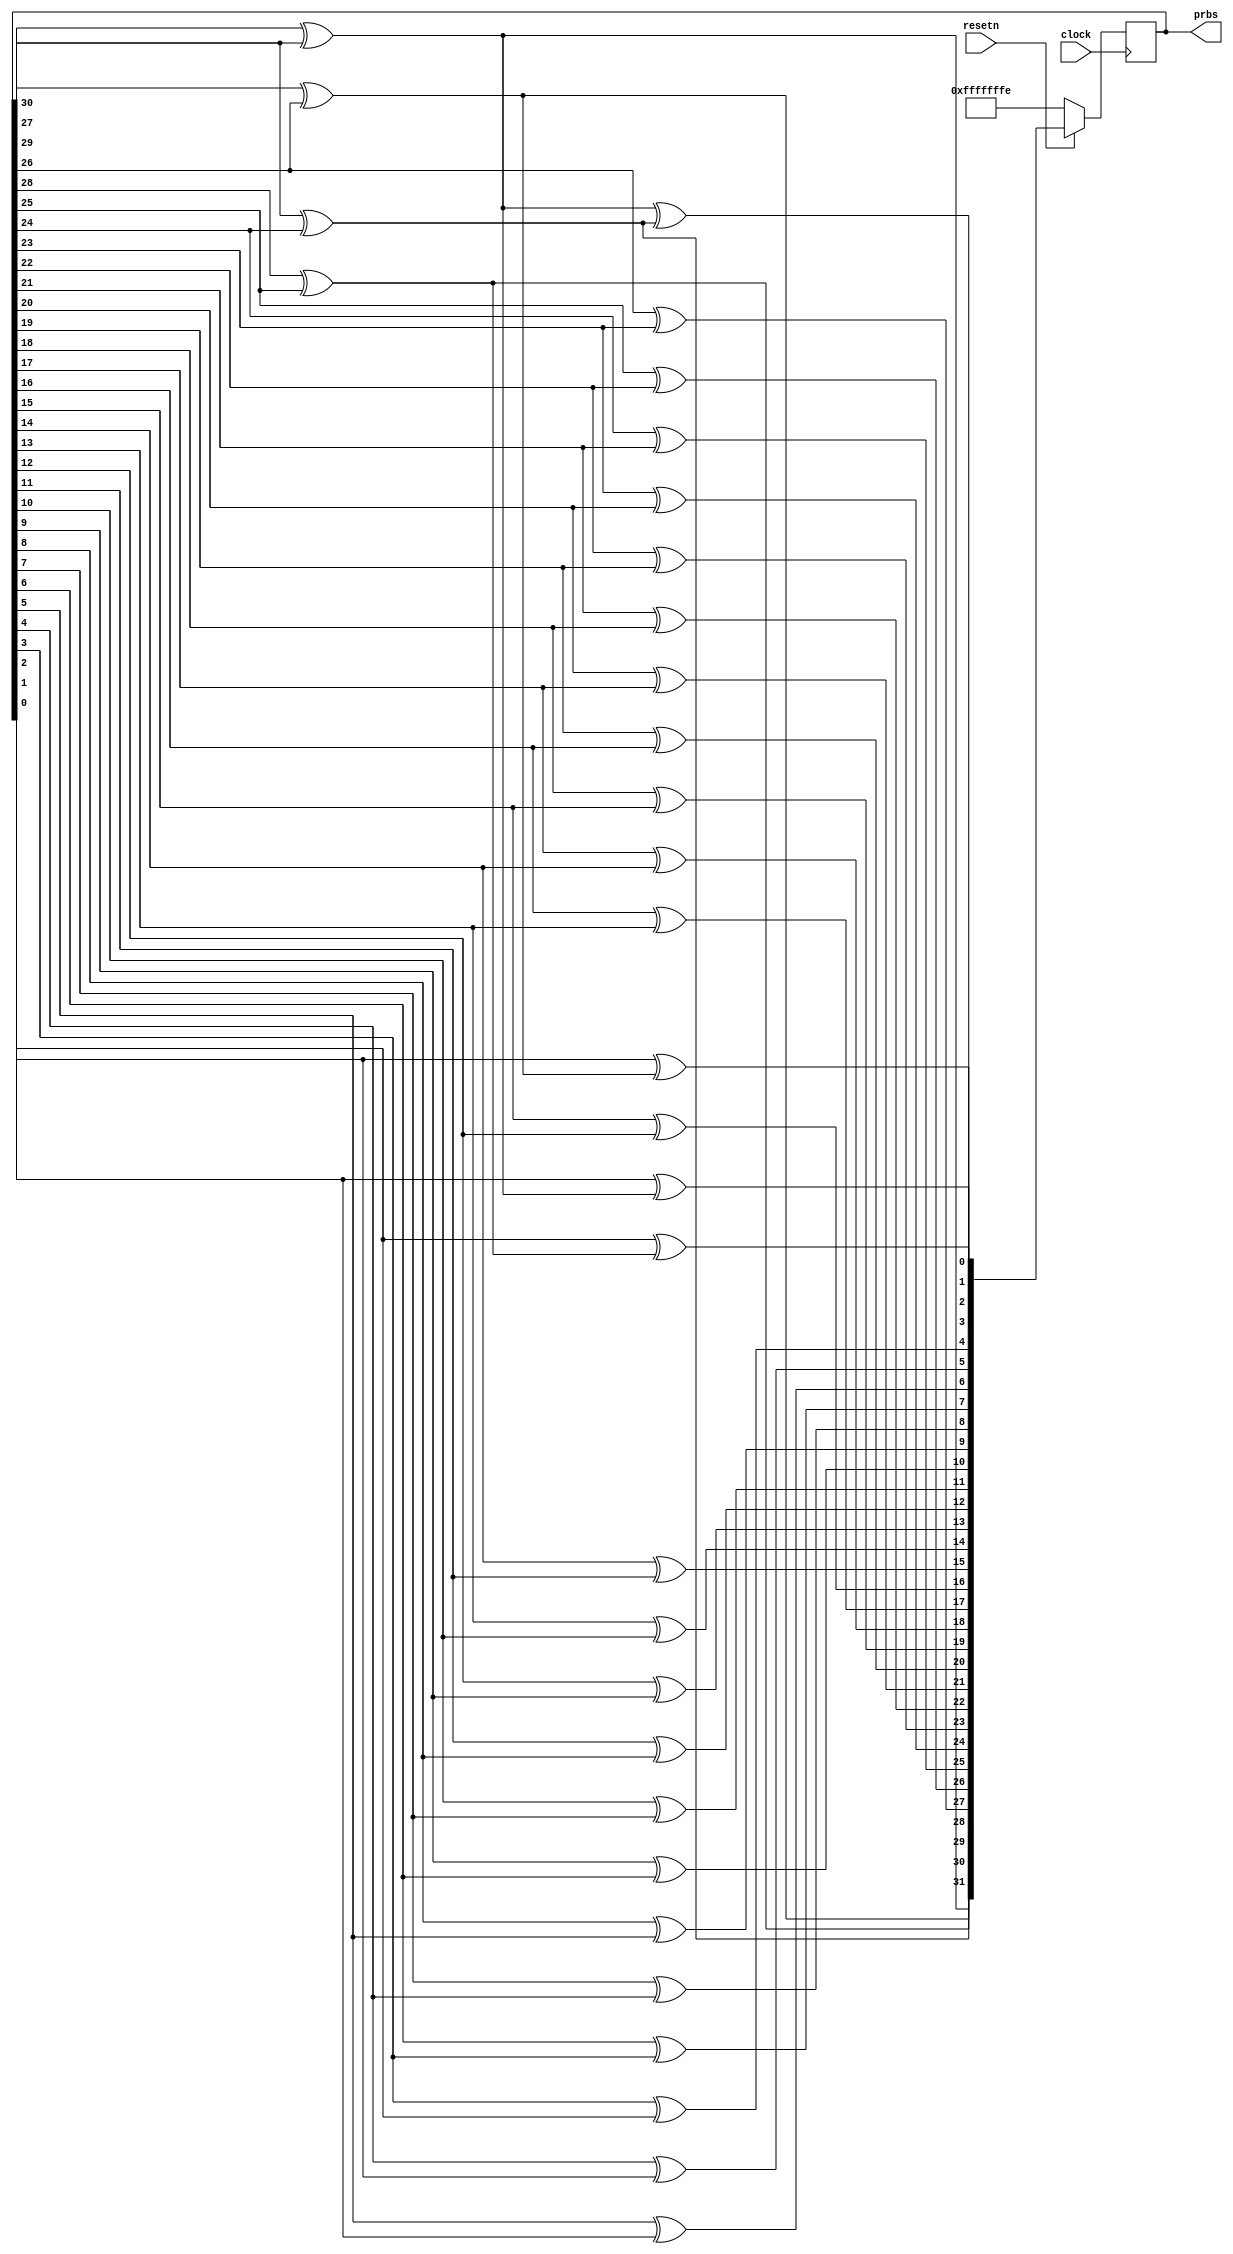

module prbs31 #
(
    parameter seed = 32'hFFFF_FFFE
)
(
    input             clock, resetn,
    output reg [31:0] prbs
);



function [31:0] next_prbs31 (input[31:0] in);
	begin
		next_prbs31[31] = in[30] ^ in[27];
		next_prbs31[30] = in[29] ^ in[26];
		next_prbs31[29] = in[28] ^ in[25];
		next_prbs31[28] = in[27] ^ in[24];
		next_prbs31[27] = in[26] ^ in[23];
		next_prbs31[26] = in[25] ^ in[22];
		next_prbs31[25] = in[24] ^ in[21];
		next_prbs31[24] = in[23] ^ in[20];
		next_prbs31[23] = in[22] ^ in[19];
		next_prbs31[22] = in[21] ^ in[18];
		next_prbs31[21] = in[20] ^ in[17];
		next_prbs31[20] = in[19] ^ in[16];
		next_prbs31[19] = in[18] ^ in[15];
		next_prbs31[18] = in[17] ^ in[14];
		next_prbs31[17] = in[16] ^ in[13];
		next_prbs31[16] = in[15] ^ in[12];
		next_prbs31[15] = in[14] ^ in[11];
		next_prbs31[14] = in[13] ^ in[10];
		next_prbs31[13] = in[12] ^ in[ 9];
		next_prbs31[12] = in[11] ^ in[ 8];
		next_prbs31[11] = in[10] ^ in[ 7];
		next_prbs31[10] = in[ 9] ^ in[ 6];
		next_prbs31[ 9] = in[ 8] ^ in[ 5];
		next_prbs31[ 8] = in[ 7] ^ in[ 4];
		next_prbs31[ 7] = in[ 6] ^ in[ 3];
		next_prbs31[ 6] = in[ 5] ^ in[ 2];
		next_prbs31[ 5] = in[ 4] ^ in[ 1];
		next_prbs31[ 4] = in[ 3] ^ in[ 0];
		next_prbs31[ 3] = in[ 2] ^ (in[30] ^ in[27]);
		next_prbs31[ 2] = in[ 1] ^ (in[29] ^ in[26]);
		next_prbs31[ 1] = in[ 0] ^ (in[28] ^ in[25]);
		next_prbs31[ 0] = (in[30] ^ in[27]) ^ (in[27] ^ in[24]);
	end
endfunction

always @(posedge clock)begin
	if (resetn == 0) begin
		prbs <= seed;
	end else begin
		prbs <= next_prbs31(prbs);
	end
end

endmodule